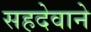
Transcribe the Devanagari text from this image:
सहदेवाने